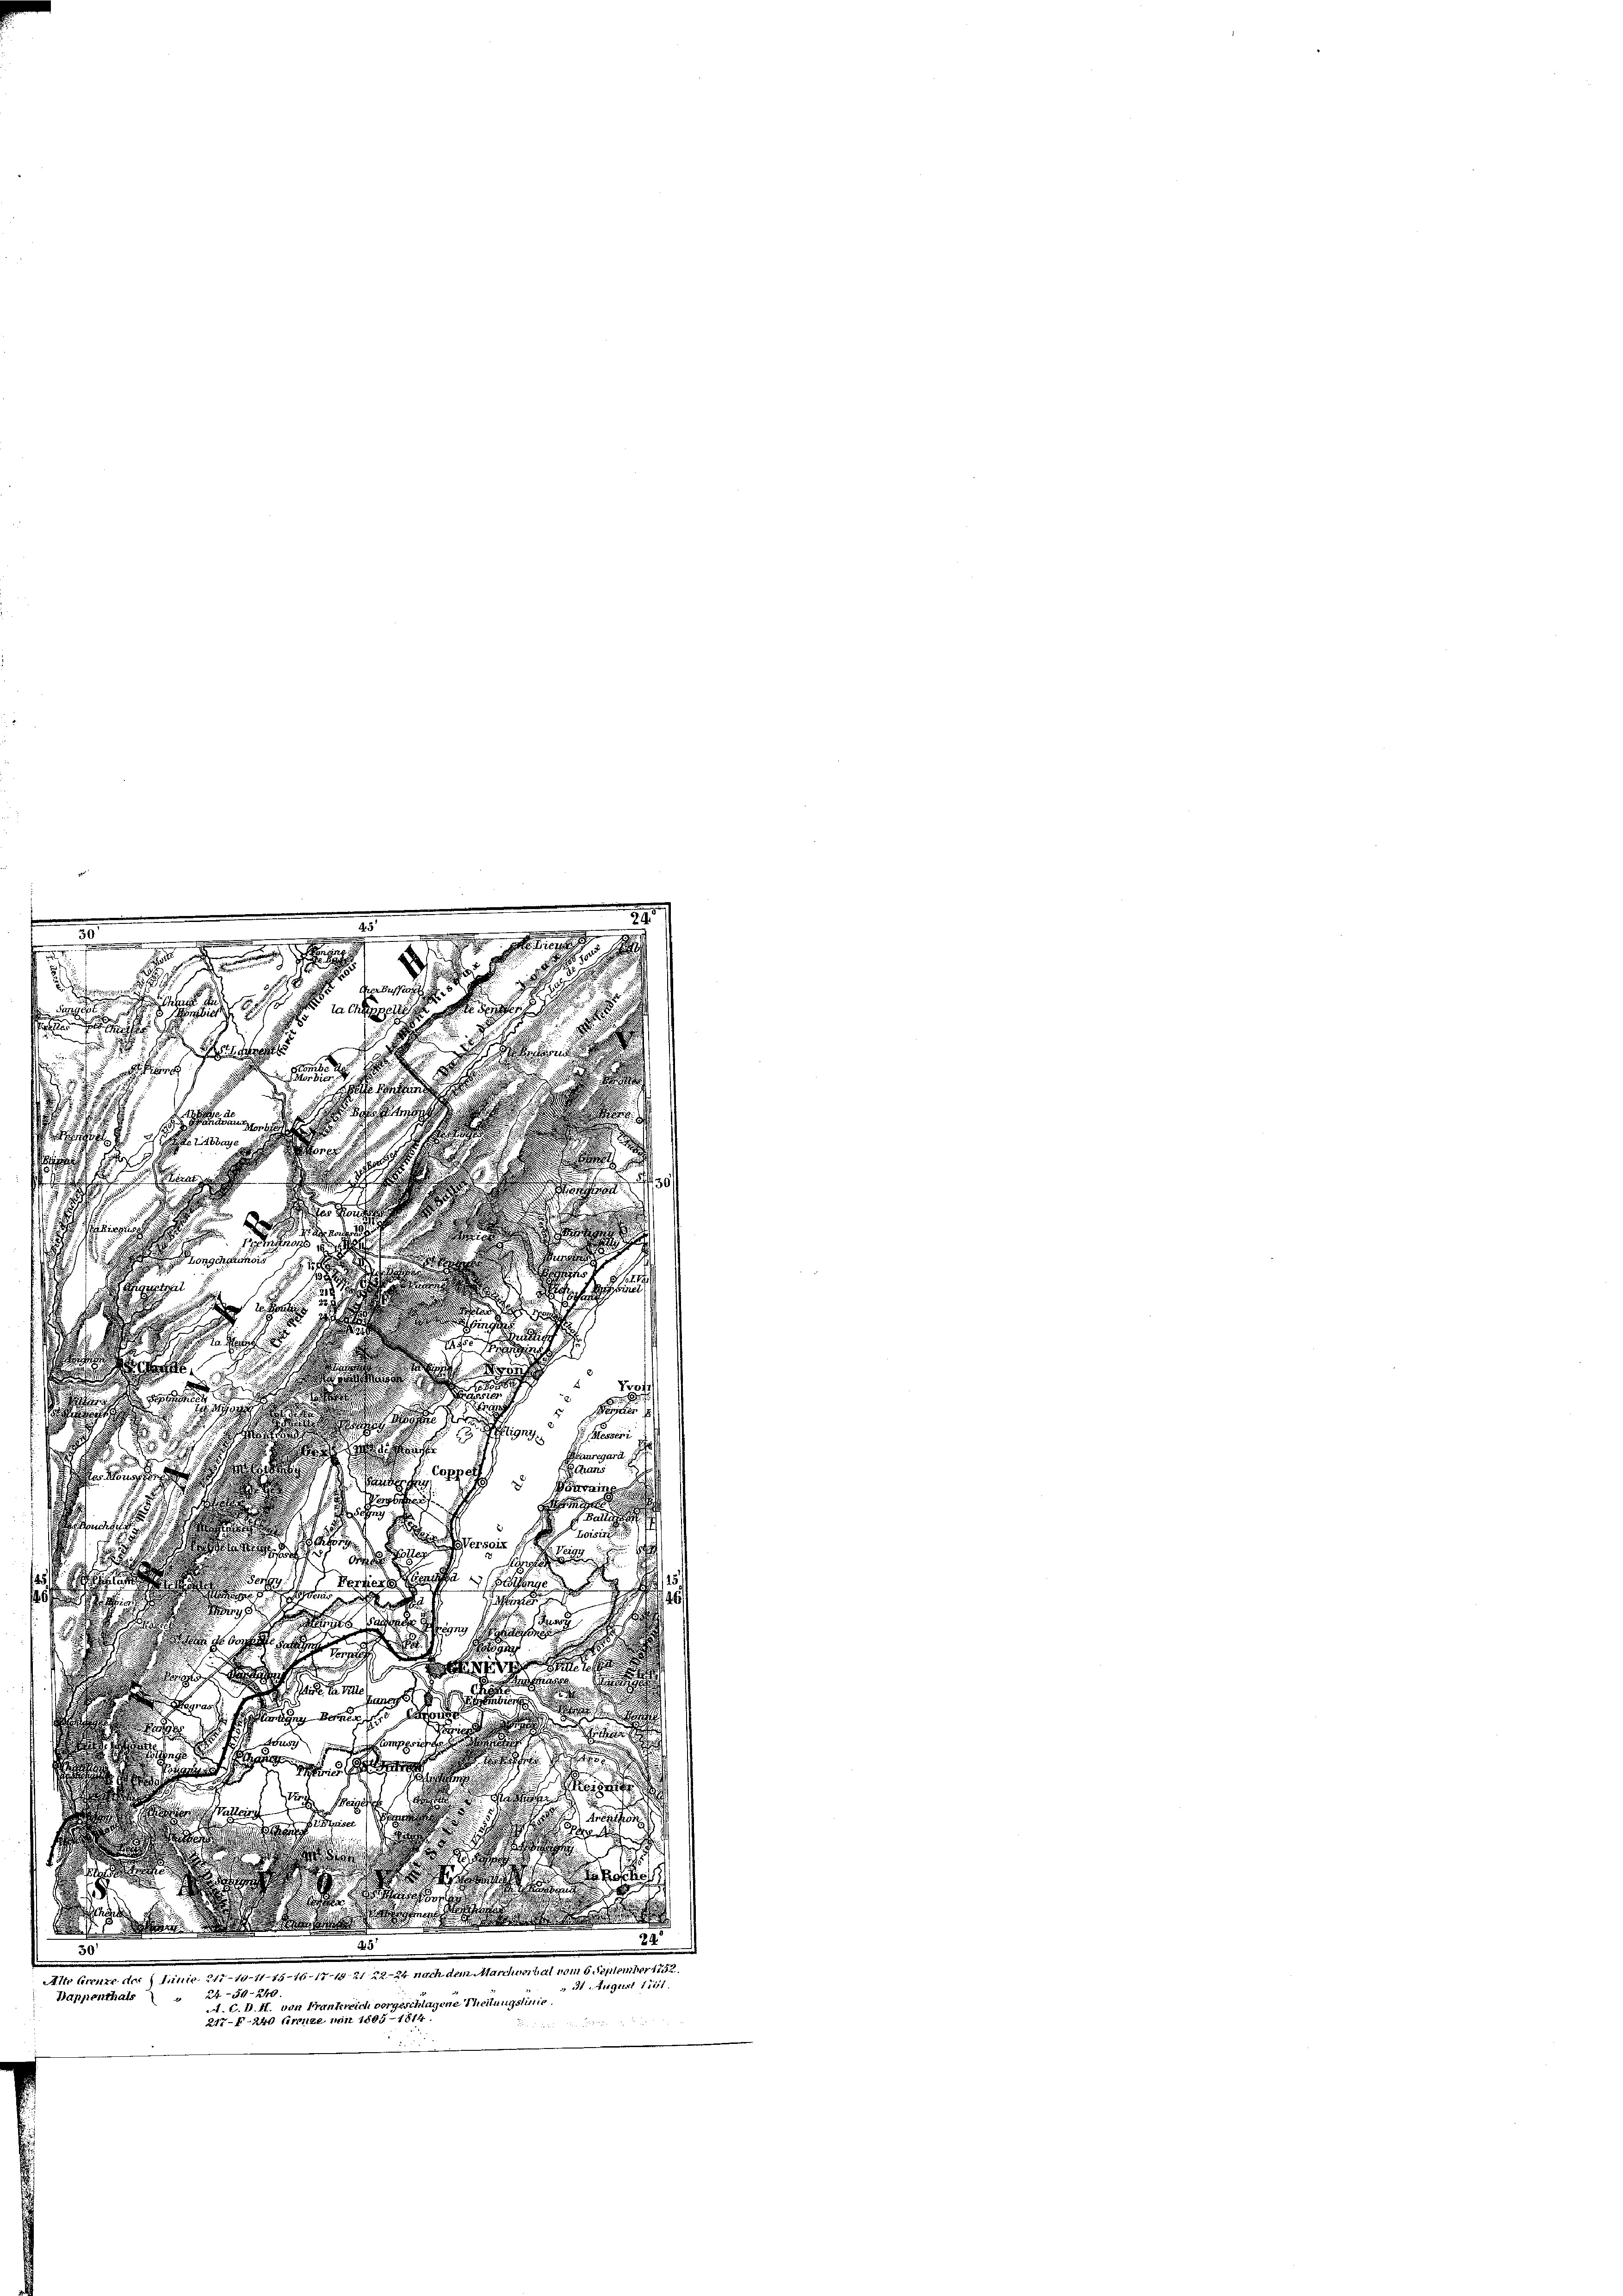
n
.
.

e
erbess

f

n
 ungen

7

ica.

.

.
s

1

2
.

P00
i
d

9
e

z
d

:
 ign
s Meer
s

Gauregard
Gans

e

Vonvainen
eglichen

l
voisiss
eeres 18

e
.
1251
a
Pontiere genosse 2 Zuthunge

¬

i
eisen sie sich den sein werde ich in sein

n
e

.
n
d

a Escheiden vorgehen Arbeite
.

.

Aus sich Comparienten

  ger
u
c
n
.
chtigen und keine Er
Areuthor
.
  1
.
u
.

 eser

f einen an der beiden
29.
25
30
Alte Grenze der Linie, 211-10-11-15-16-17-1921 22. 24 nach dem Marchverbal vom 6. September 1852.
31. Signat 1811.
Happenthals " 24-54-240.
A. C. H. H. von Frankreich vorgeschlagene Theilungslinie
217-F-240 Frenze von 1805 - 1814.
 7 x
 u. der i

n
2
i

e

e